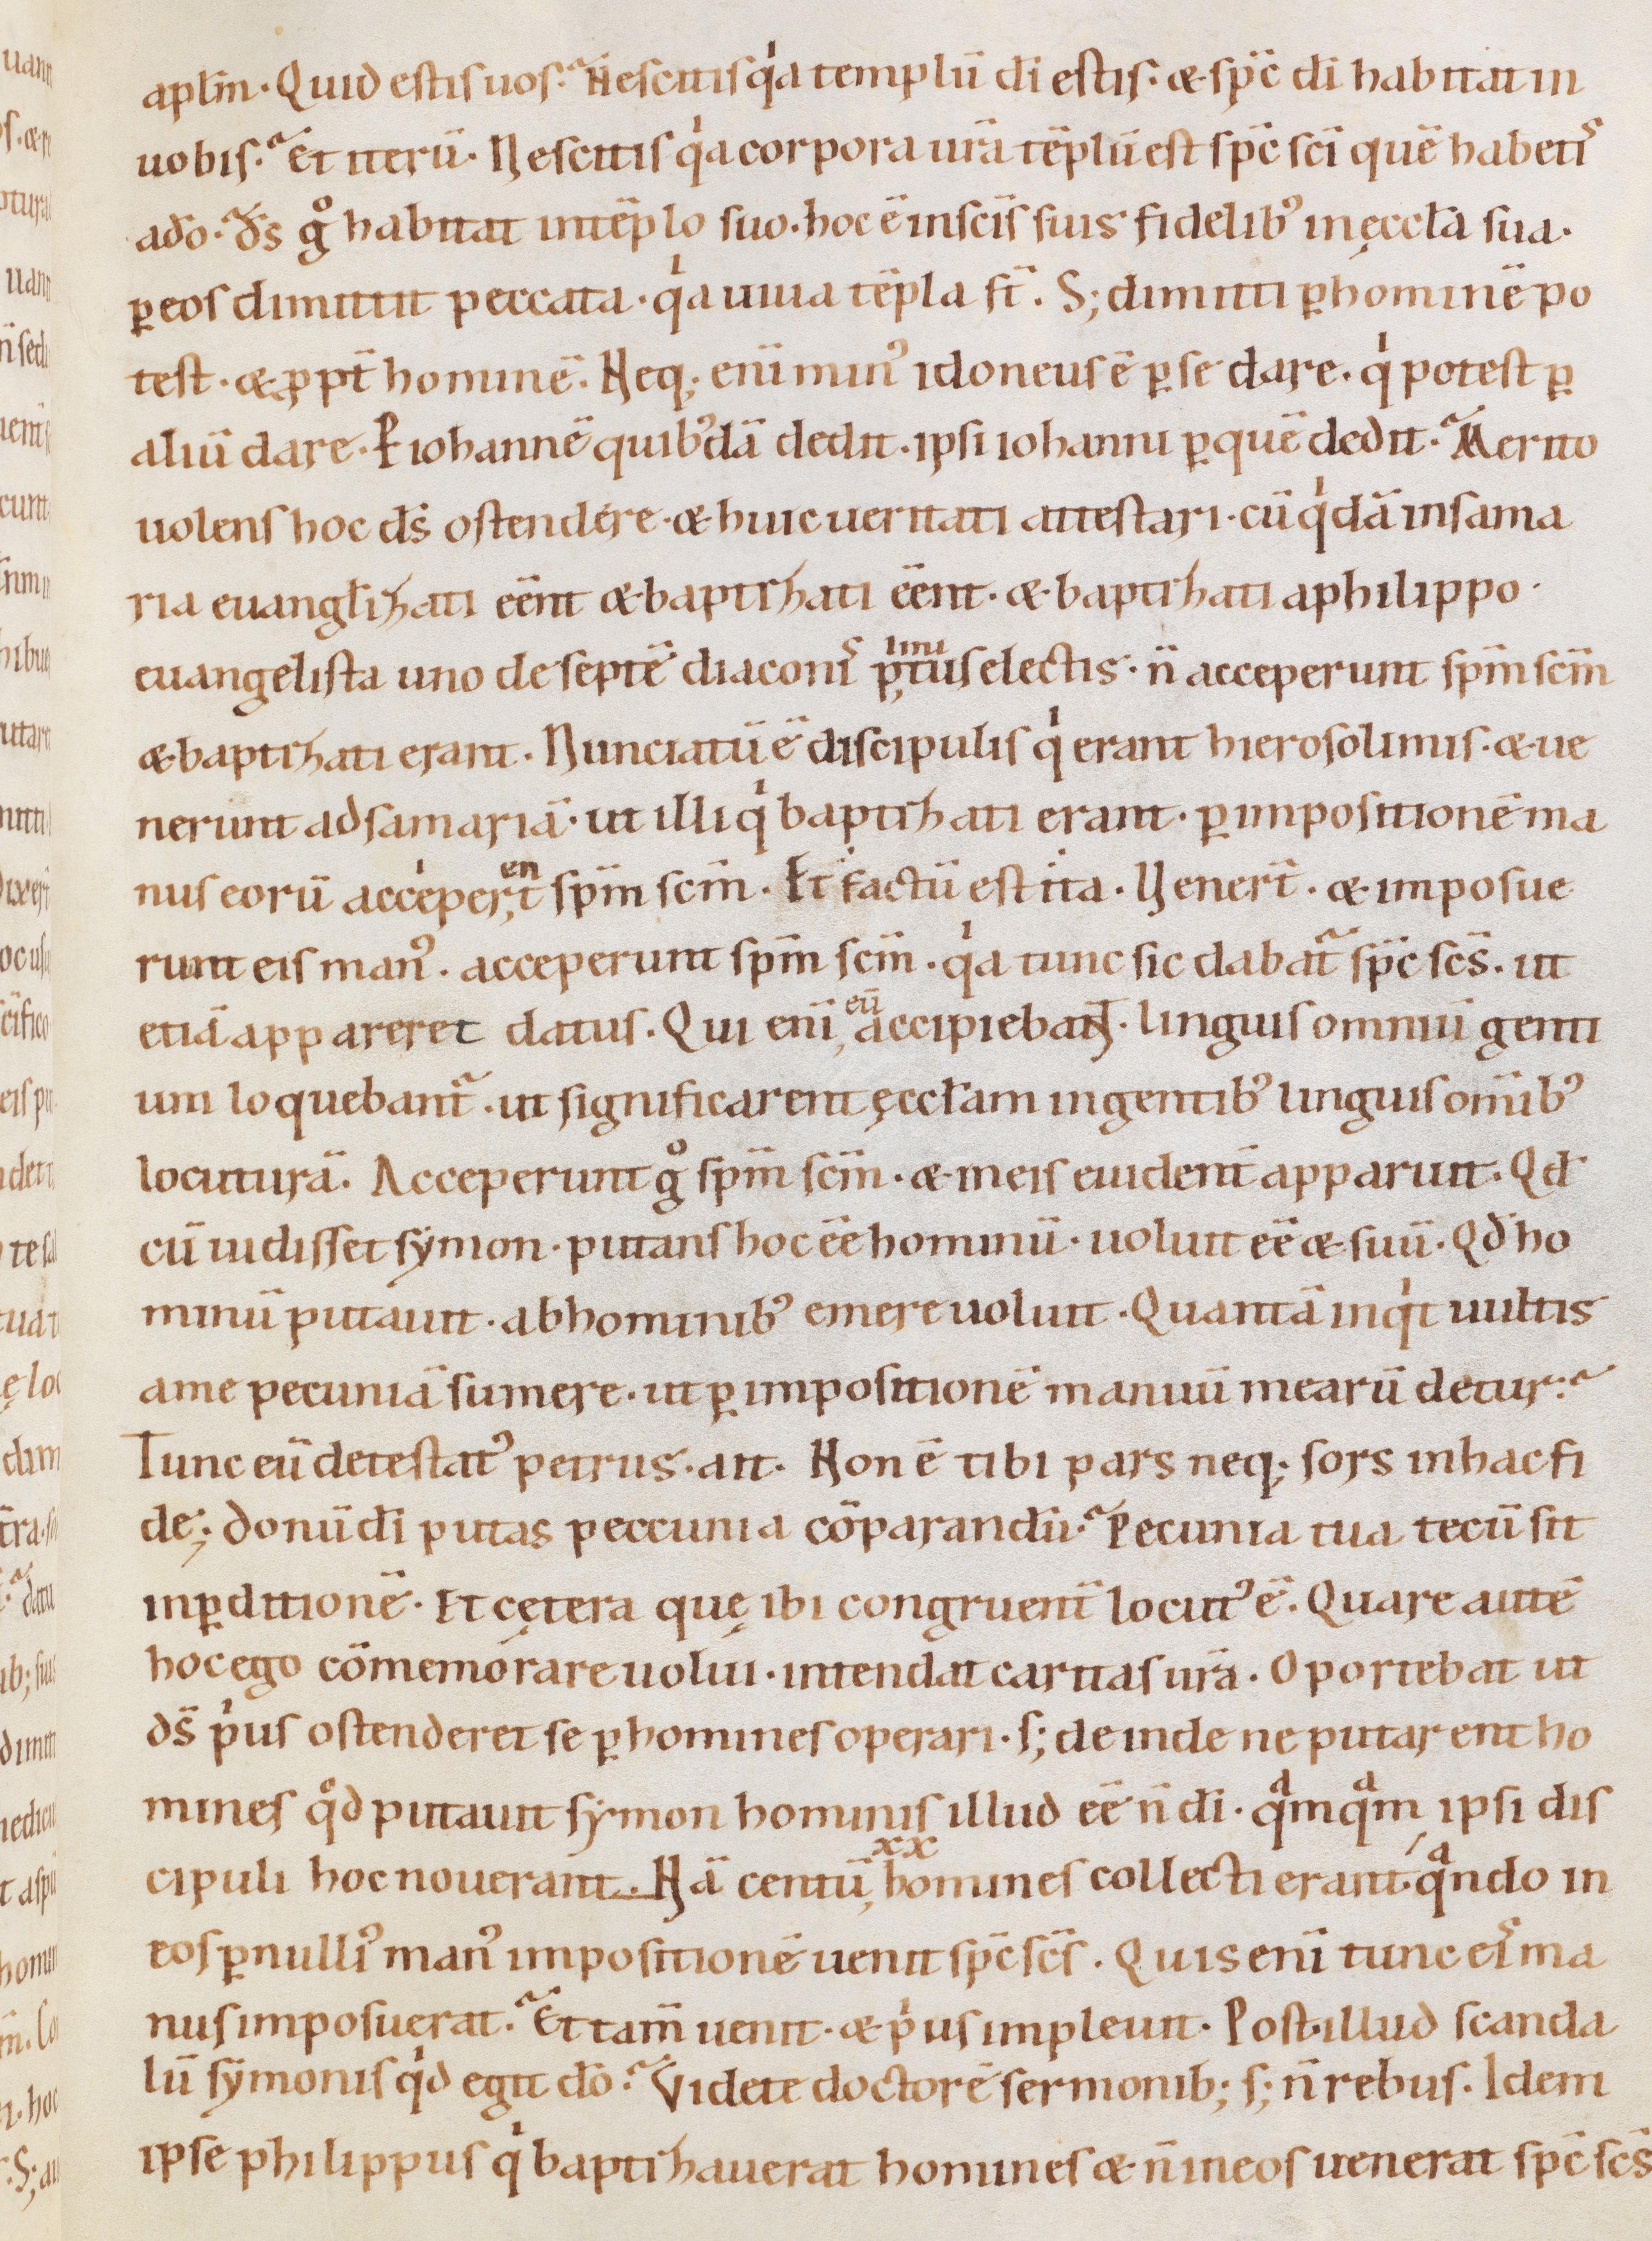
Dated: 1080–1096